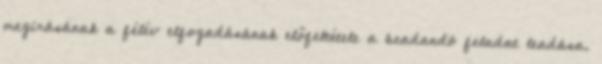
megírásának a félév elfogadásának előfeltétele a beadandó feladat leadása.